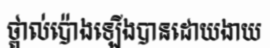
ថ្ពាល់ប៉ោងឡើងបានដោយងាយ